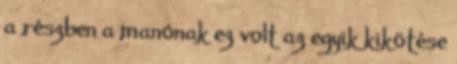
a részben a manónak ez volt az egyik kikötése